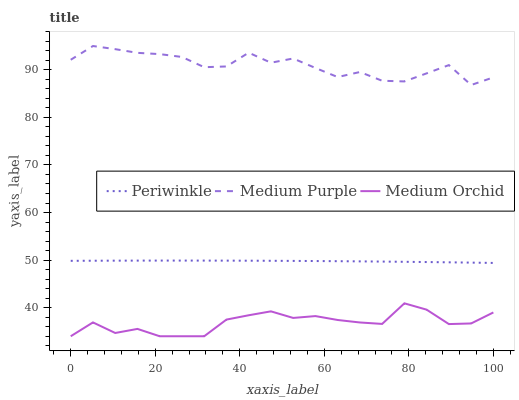
| xaxis_label | Periwinkle | Medium Purple | Medium Orchid |
 | --- | --- | --- | --- |
 | 0 | 49.9 | 92.1 | 34 |
 | 5.26 | 49.9 | 95 | 36.9 |
 | 10.5 | 49.9 | 94.3 | 34.7 |
 | 15.8 | 49.9 | 93.6 | 35.5 |
 | 21.1 | 49.9 | 93.3 | 34 |
 | 26.3 | 49.9 | 92.7 | 34 |
 | 31.6 | 49.9 | 90.5 | 34 |
 | 36.8 | 49.9 | 90.7 | 37.5 |
 | 42.1 | 49.9 | 93.6 | 38.4 |
 | 47.4 | 49.9 | 91.5 | 39.2 |
 | 52.6 | 49.8 | 92.4 | 37.8 |
 | 57.9 | 49.8 | 90.4 | 38.2 |
 | 63.2 | 49.8 | 88.5 | 37.4 |
 | 68.4 | 49.7 | 89.5 | 36.9 |
 | 73.7 | 49.7 | 87.7 | 36.6 |
 | 78.9 | 49.6 | 87.6 | 40.9 |
 | 84.2 | 49.6 | 89.3 | 39.6 |
 | 89.5 | 49.5 | 91 | 36.6 |
 | 94.7 | 49.5 | 86.8 | 36.7 |
 | 100 | 49.4 | 88.4 | 39 |